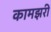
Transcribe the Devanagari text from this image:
कामझरी